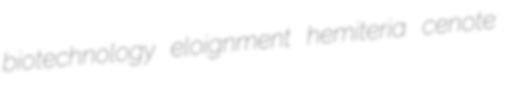
biotechnology eloignment hemiteria cenote